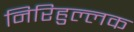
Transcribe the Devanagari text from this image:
निरिहुल्लक